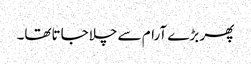
پھر بڑے آرام سے چلاجاتاتھا۔